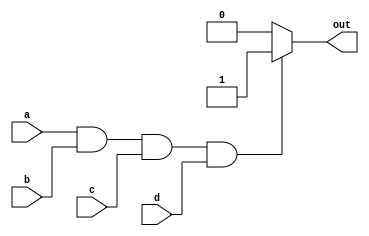
module and_gate (
    input wire a,
    input wire b,
    input wire c,
    input wire d,
    output reg out
);

always @* begin
    if (a && b && c && d) begin
        out = 1'b1; // Output is HIGH if all inputs are HIGH
    end else begin
        out = 1'b0; // Output is LOW if any input is LOW
    end
end

endmodule